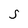
Character: S